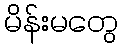
မိန်းမတွေ